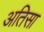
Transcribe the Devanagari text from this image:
अतिसा